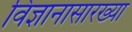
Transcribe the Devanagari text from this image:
विज्ञानासारख्या